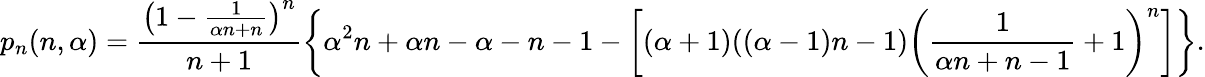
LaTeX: p_{n}(n,\alpha)=\frac{\left(1-\frac{1}{\alpha n+n}\right)^{n}}{n+1}\left\{ \alpha^{2}n+\alpha n-\alpha-n-1-\left[(\alpha+1)((\alpha-1)n-1)\left(\frac{1}{\alpha n+n-1}+1\right)^{n}\right]\right\} .